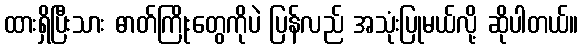
ထားရှိပြီးသား ဓာတ်ကြိုးတွေကိုပဲ ပြန်လည် အသုံးပြုမယ်လို့ ဆိုပါတယ်။